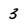
Character: 3